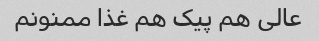
عالی هم پیک هم غذا ممنونم